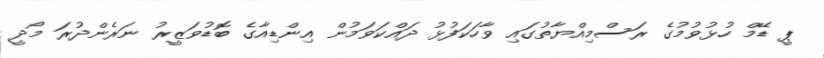
ޕީ ޑޭމް ހުޅުވުމުގެ ރަސްމިއްޔާތުގައި ވާހަކަފުޅު ދައްކަވަމުން އިންޑިއާގެ ބޮޑުވަޒީރު ނަރެންދުރަ މޯދީ